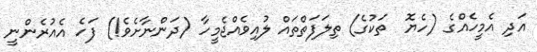
އަދި އެމީހެއްގެ (ހެޔޮ  ތަކުގެ) ތިލަފަތްތައް ލުއިވެއްޖެމީހާ (ދަންނާށެވެ!) ފަހެ އެއުރެންނީ